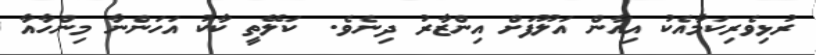
ރުޅިވެރިކަމާއެކު އިއާން އަލޫފަށް އިންޒާރު ދިނެވެ.  ކަލޭތީ ކާކު އަހަންނާ މިންހާއާ